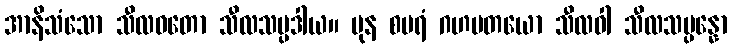
အာနိသံသော သီလဝတော သီလသမ္ပဒါယ။ ပုန စပရံ ဂဟပတယော သီလဝါ သီလသမ္ပန္နော